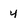
Character: Y